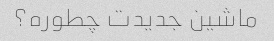
ماشین جدیدت چطوره؟